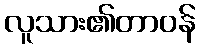
လူသား၏တာဝန်